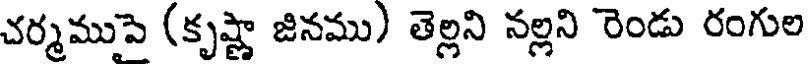
చర్మముపై (కృష్ణా జినము) తెల్లని నల్లని రెండు రంగుల